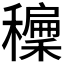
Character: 𥣝